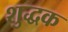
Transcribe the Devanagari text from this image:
शुद्धक